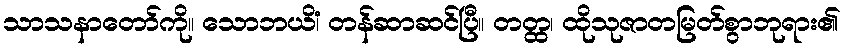
သာသနာတော်ကို။ သောဘယိံ၊ တန်ဆာဆင်ပြီ။ တတ္ထ၊ ထိုသုဇာတမြတ်စွာဘုရား၏